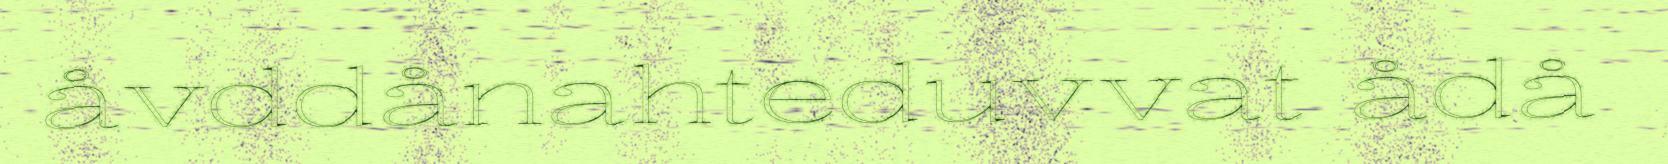
åvddånahteduvvat ådå